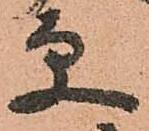
更